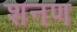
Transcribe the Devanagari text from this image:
शनण